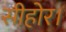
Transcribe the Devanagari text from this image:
सीहोर।